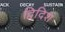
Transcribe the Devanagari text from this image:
द्विदिश